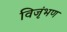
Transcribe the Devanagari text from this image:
विजृंभण